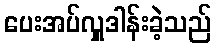
ပေးအပ်လှူဒါန်းခဲ့သည်